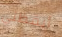
أيقظني